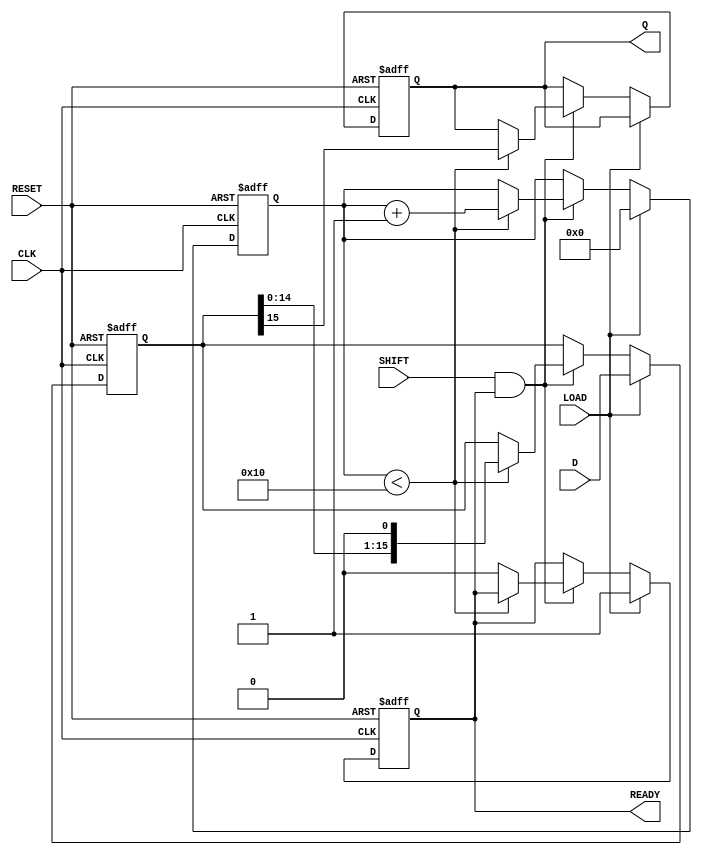
module PISO_16bit (
    input wire [15:0] D,        // 16-bit parallel input
    input wire LOAD,            // Load control signal
    input wire SHIFT,           // Shift control signal
    input wire CLK,             // Clock signal
    input wire RESET,           // Asynchronous reset signal
    output reg Q,               // Serial output
    output reg READY            // Data ready signal
);

    reg [15:0] REG;             // 16-bit internal shift register
    reg [4:0] bit_count;        // Bit counter for shifting out the bits

    // Asynchronous reset and loading data
    always @(posedge CLK or posedge RESET) begin
        if (RESET) begin
            REG <= 16'b0;       // Clear the register
            Q <= 1'b0;          // Clear the serial output
            READY <= 1'b0;      // Data not ready
            bit_count <= 5'b0;   // Reset bit counter
        end else begin
            if (LOAD) begin
                REG <= D;       // Load parallel data into the register
                READY <= 1'b1;  // Data ready to be shifted out
                bit_count <= 5'd0; // Reset bit counter
            end else if (SHIFT && READY) begin
                if (bit_count < 5'd16) begin
                    Q <= REG[15]; // Output the MSB
                    REG <= {REG[14:0], 1'b0}; // Shift left
                    bit_count <= bit_count + 1; // Increment bit counter
                end else begin
                    READY <= 1'b0; // All bits shifted out
                end
            end
        end
    end

endmodule